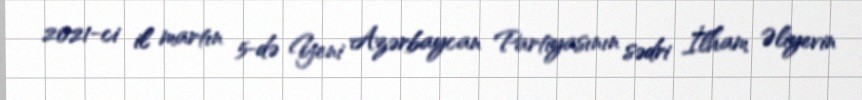
2021-ci il martın 5-də Yeni Azərbaycan Partiyasının sədri İlham Əliyevin